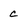
Character: c